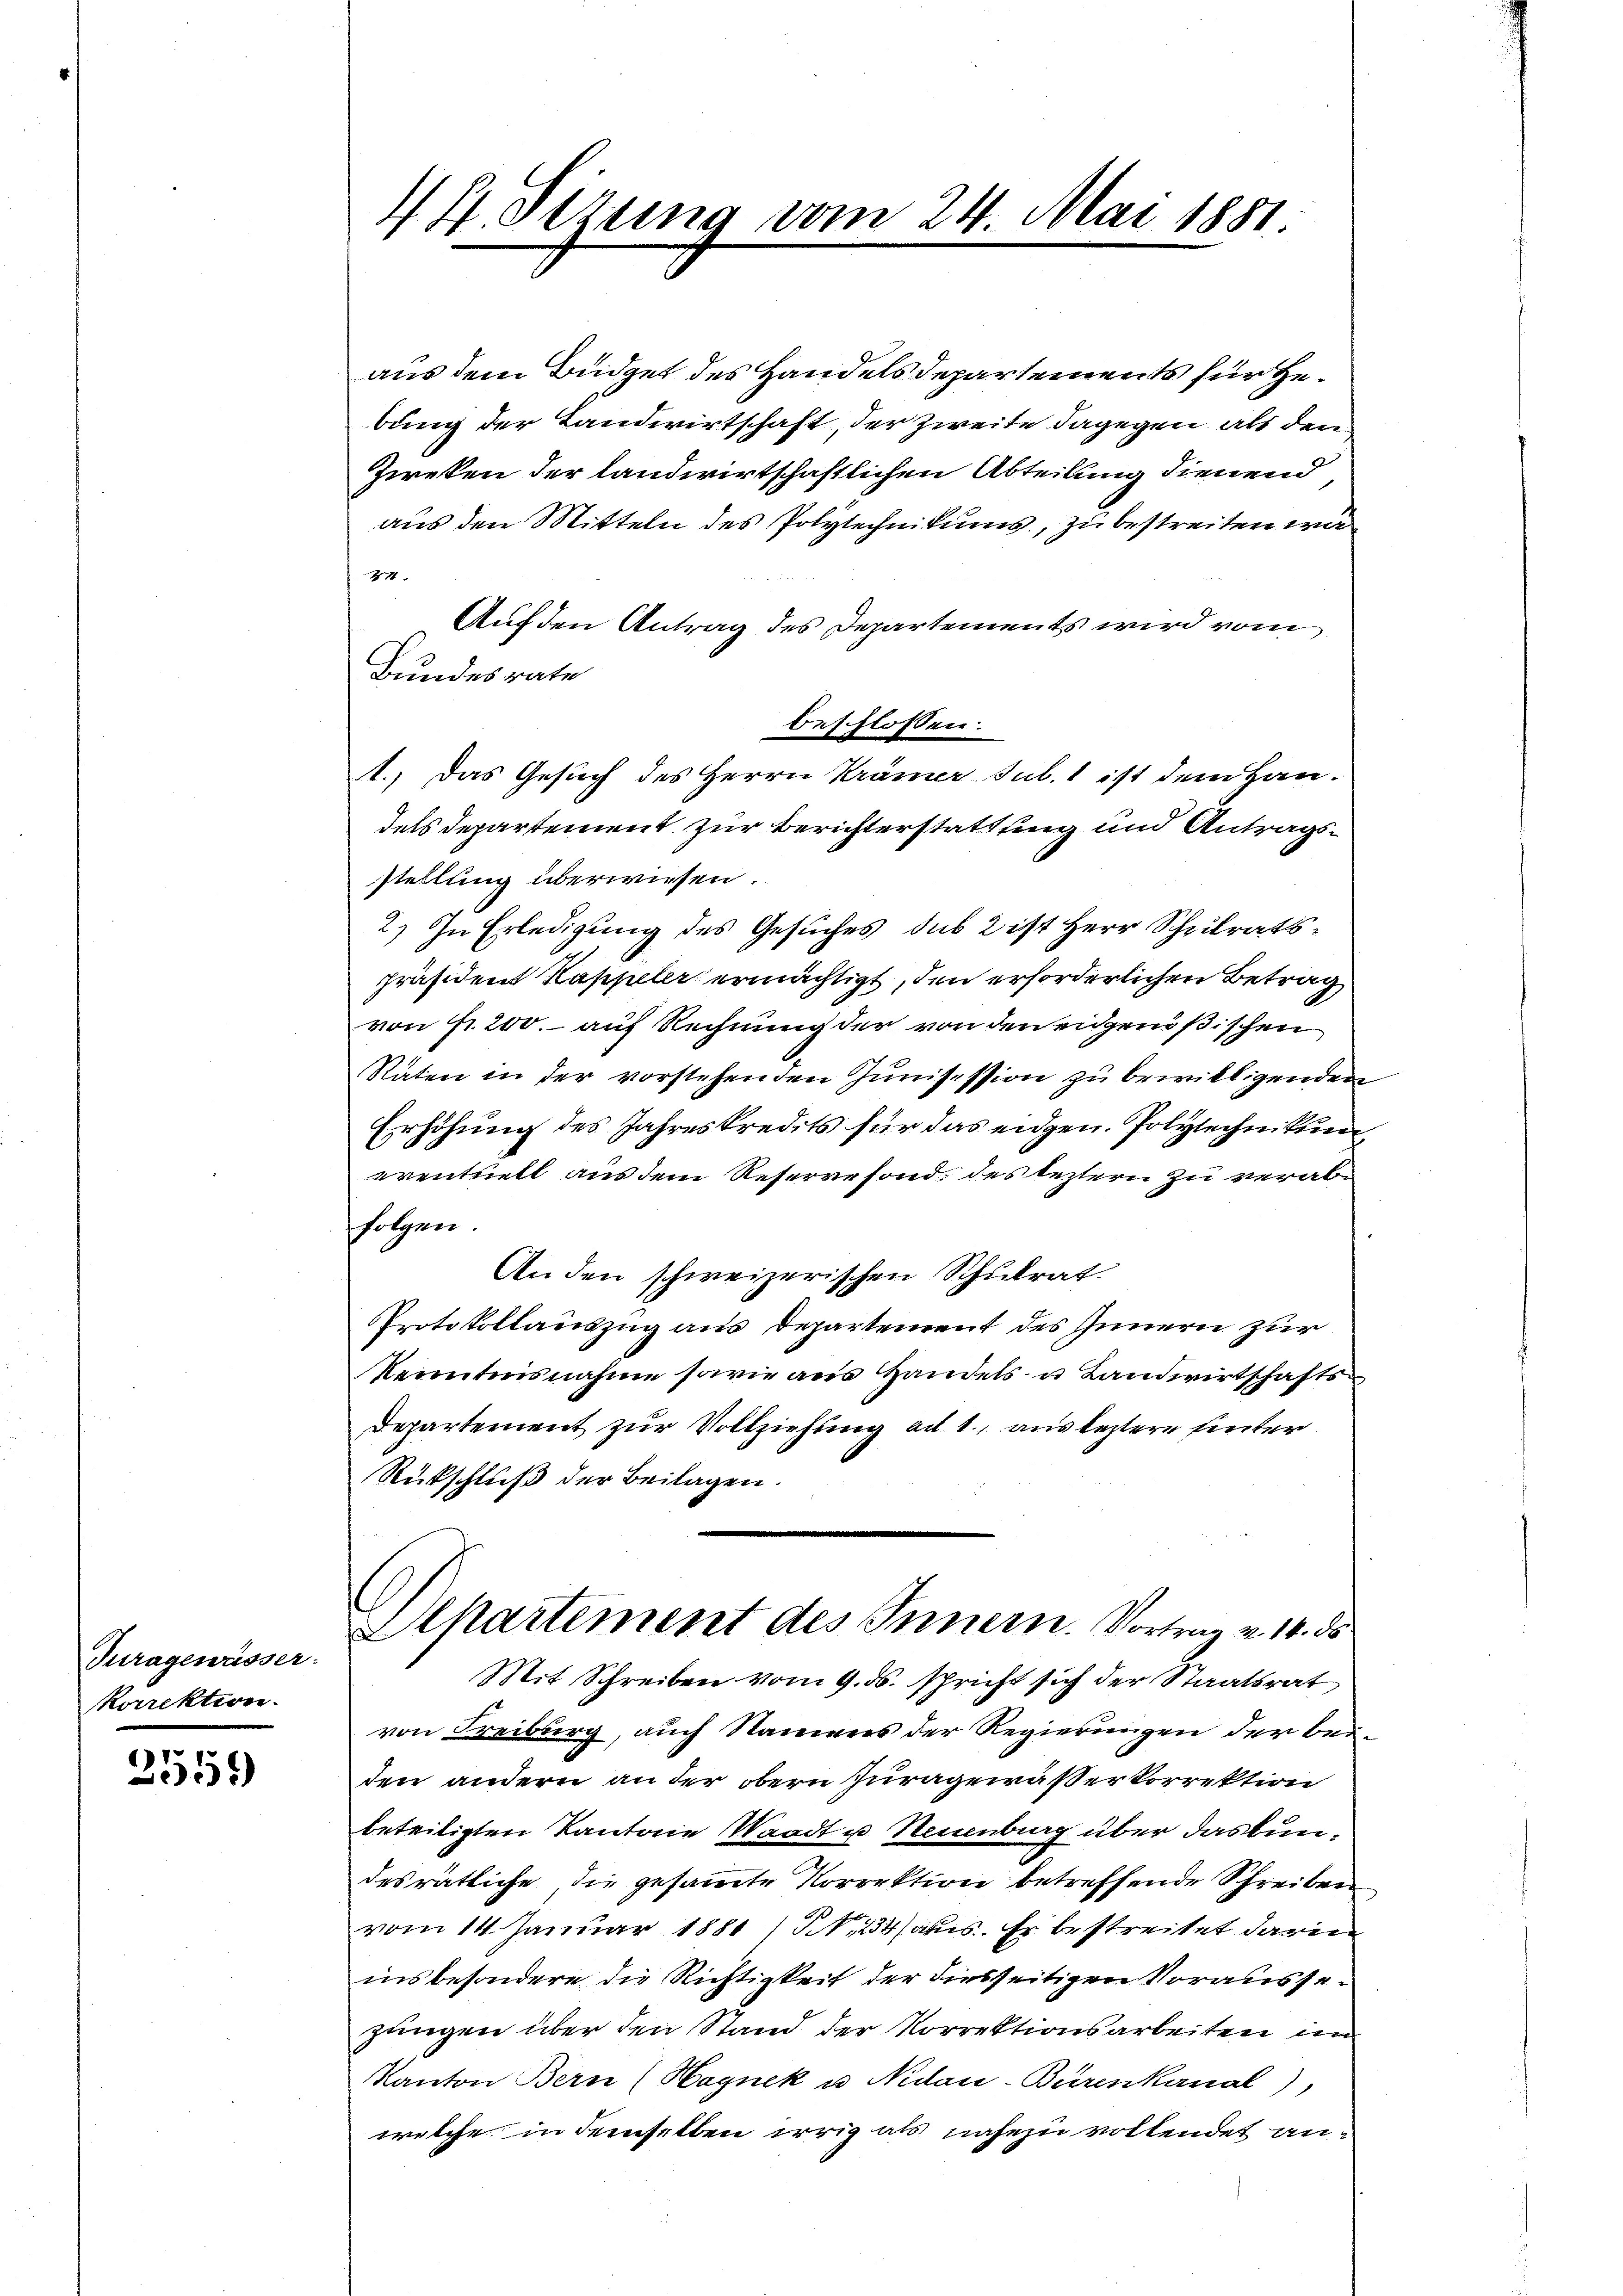
Juragewässer.
korrektion.

25551)

44 Sezung vom 24. Mai 1881

aus dem Büdget des Handels Departements für Gebung der Landwirtschaft, der Zweite dagegen, als den
Zieken der landwirtschaftlichen Abteilung dienend
aus den Mitteln des Polytechnikums, zu bestreiten wa
411.
Auf den Antrag des Departements wird vom
Bundesrate
beschlossen:
1.) Das Gesuch des Herrn Krämer sub. 1 ist dem Han-
dels Departement zur Berichterstattung und Antragsstellung überwiesen.
2.) In Erledigung des Gesuches sub 2 ist Herr Schulratspräsident Kappeler ermächtigt, den erforderlichen Betrag
von fr. 200. auf Rechnung der von den eidgenößischen
Räten in der vorstehenden Junisession zu bewilligenden
Erhöhung des Jahreskredits für das eidgen. Polytechnikum
eventuell aus dem Reservefond des leztern zu verabhotzen
Anden schweizerischen Schulrat
Protokollauszug aus Departement des Innern zur
Kenntnisnahme sowie aus Handels- u Landwirtschafts
Departement zur Vollziehung ad 1., aus leztere hinter
Rückschluß der Beilagen.
Apartement des Innern. Vortrag v. 14. ds
Mit Schreiben vom 9. ds. spricht sich der Staatsrat
von Freiburg, auch Namens der Regierungen der Beiden andern an der obern Juragewässer korrektion
beteiligten Kantone Waadt u Neuenburg über daskundesrätliche, die gesammte Korrektion betreffende Schreiben
vom 14. Januar 1881/ N. 234 aus. Es bestreitet darin
insbesondere die Richtigkeit der diesseitigen Voraussezungen über den Stand der Vorrektionsarbeiten im
Kanton Bern (Hagnek u. Nidau-Bürenkanal),
welche in demselben irrig als nahezu vollendet an¬